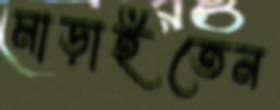
মাড়াইতেন